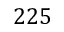
2 2 5